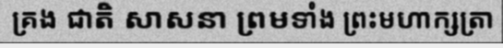
គ្រង ជាតិ សាសនា ព្រមទាំង ព្រះមហាក្សត្រា